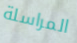
المراسلة